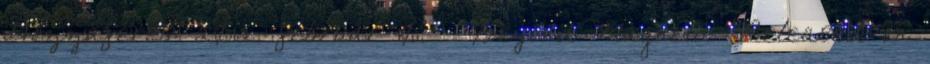
Hozzáférés: 2012. február 10. ↑ Beyond Magnetic Released on